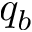
q _ { b }